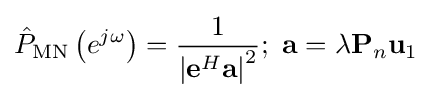
{\hat {P}}_{\text{MN}}\left(e^{j\omega }\right)={\frac {1}{\left|\mathbf {e} ^{H}\mathbf {a} \right|^{2}}};\ \mathbf {a} =\lambda \mathbf {P} _{n}\mathbf {u} _{1}